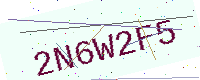
Text: 2N6W2F5